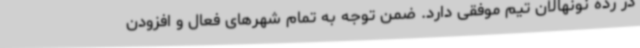
در رده‌ نونهالان تیم موفقی دارد. ضمن توجه به تمام شهرهای فعال و افزودن